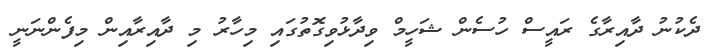
ދެކުނު ދާއިރާގެ ރައީސް ހުސެން ޝަހީމް ވިދާޅުވިގޮތުގައި މިހާރު މި ދާއިރާއިން މިފެންނަނީ